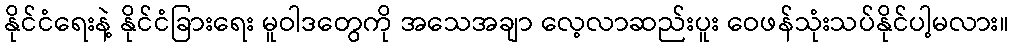
နိုင်ငံရေးနဲ့ နိုင်ငံခြားရေး မူဝါဒတွေကို အသေအချာ လေ့လာဆည်းပူး ဝေဖန်သုံးသပ်နိုင်ပါ့မလား။